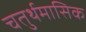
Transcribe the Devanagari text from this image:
चतुर्थमासिक